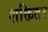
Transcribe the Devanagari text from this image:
शक्तितर